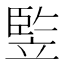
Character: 𥪡